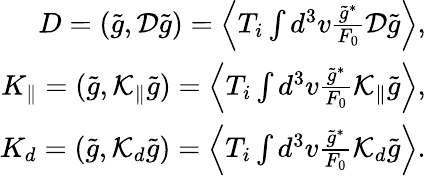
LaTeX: \begin{array}{r}{D=(\tilde{g},{\cal D}\tilde{g})=\left\langle T_{i}\int d^{3}v\frac{\tilde{g}^{*}}{F_{0}}{\cal D}\tilde{g}\right\rangle,}\\ {K_{\| }=(\tilde{g},{\cal K}_{\| }\tilde{g})=\left\langle T_{i}\int d^{3}v\frac{\tilde{g}^{*}}{F_{0}}{\cal K}_{\| }\tilde{g}\right\rangle,}\\ {K_{d}=(\tilde{g},{\cal K}_{d}\tilde{g})=\left\langle T_{i}\int d^{3}v\frac{\tilde{g}^{*}}{F_{0}}{\cal K}_{d}\tilde{g}\right\rangle.}\end{array}